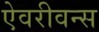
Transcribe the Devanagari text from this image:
ऐवरीवन्स